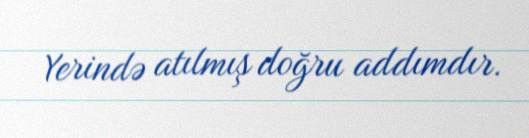
Yerində atılmış doğru addımdır.